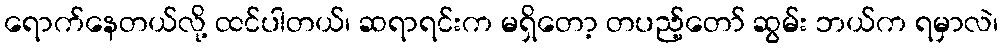
ရောက်နေတယ်လို့ ထင်ပါတယ်၊ ဆရာရင်းက မရှိတော့ တပည့်တော် ဆွမ်း ဘယ်က ရမှာလဲ၊